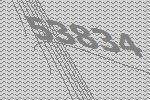
53834